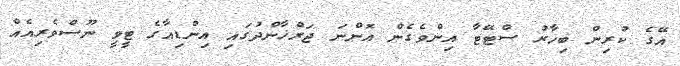
އޭގެ ކުރިން ބިހާރު ސްޓޭޓާ އިންވެގެން އޮންނަ ޖަރްޚާންދުގައި އިންޑިއާގެ ޓީވީ ނޫސްވެރިއެއް